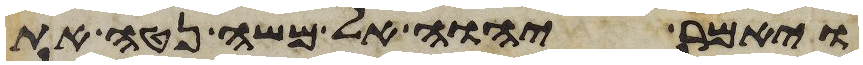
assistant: ויאמר יהוה אל משה נטה את